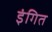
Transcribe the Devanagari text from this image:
इंगित